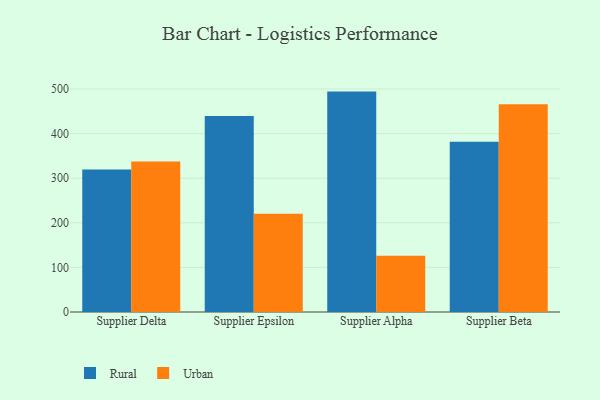
{"axis": {"x": "Supplier", "y": "Latency (ms)"}, "legend": ["Rural", "Urban"], "data": [{"x": "Supplier Delta", "y": 319.3, "type": "Rural"}, {"x": "Supplier Delta", "y": 337.6, "type": "Urban"}, {"x": "Supplier Epsilon", "y": 439.4, "type": "Rural"}, {"x": "Supplier Epsilon", "y": 220.2, "type": "Urban"}, {"x": "Supplier Alpha", "y": 494.2, "type": "Rural"}, {"x": "Supplier Alpha", "y": 125.9, "type": "Urban"}, {"x": "Supplier Beta", "y": 381.5, "type": "Rural"}, {"x": "Supplier Beta", "y": 465.8, "type": "Urban"}]}